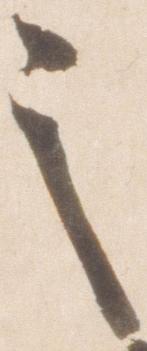
之